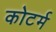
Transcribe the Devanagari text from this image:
कोटर्म